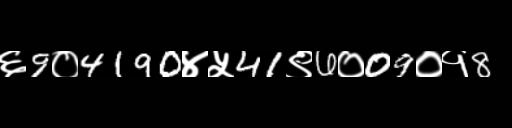
Text: ६9०4190४५41९6०09०१8